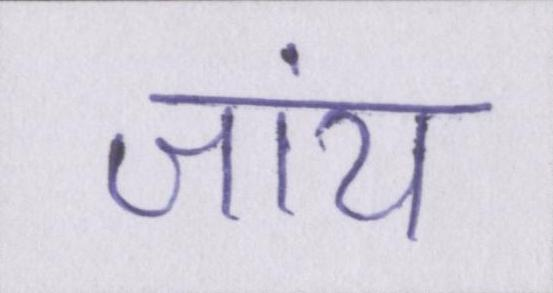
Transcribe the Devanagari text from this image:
जांय